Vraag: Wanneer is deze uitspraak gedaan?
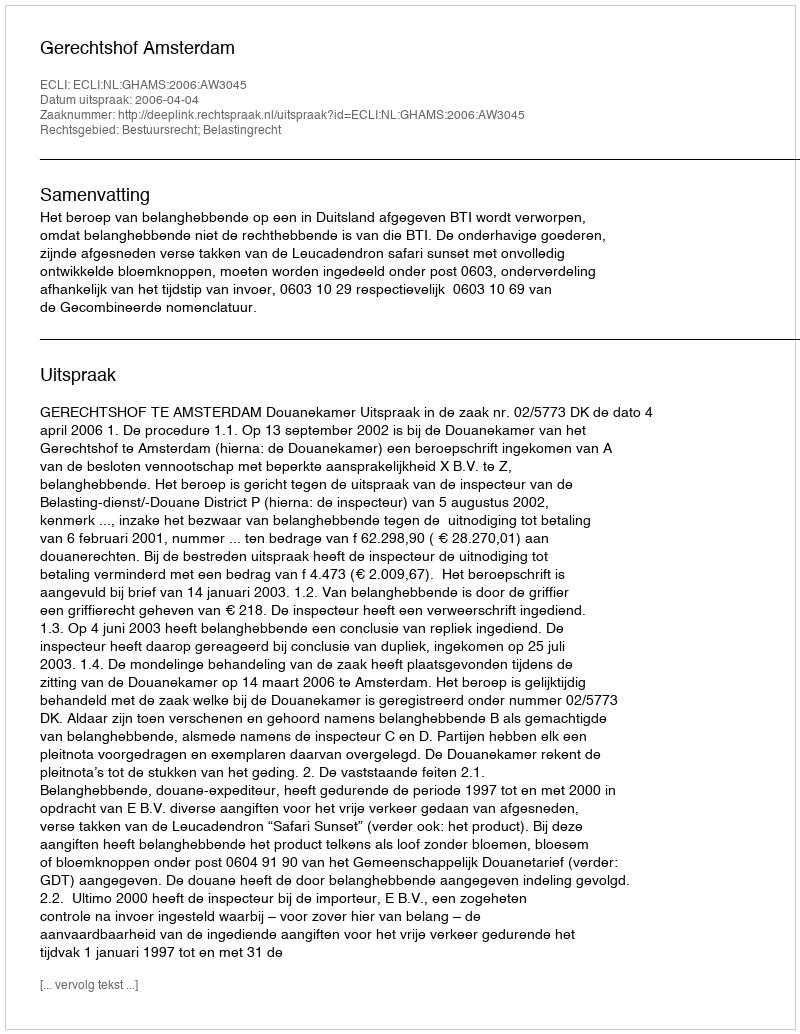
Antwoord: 2006-04-04